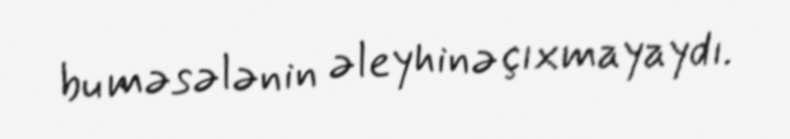
bu məsələnin əleyhinə çıxmayaydı.